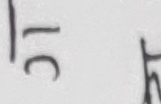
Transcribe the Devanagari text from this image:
३८ भगत